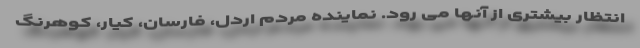
انتظار بیشتری از آنها می رود. نماینده مردم اردل، فارسان، کیار، کوهرنگ